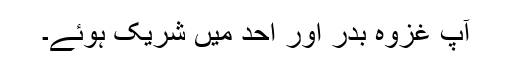
آپؓ غزوۂ بدر اور احد میں شریک ہوئے۔